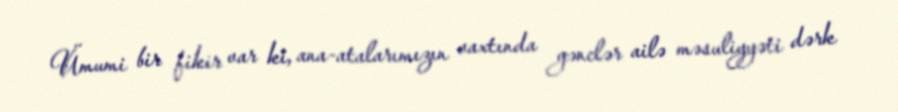
Ümumi bir fikir var ki, ana-atalarımızın vaxtında gənclər ailə məsuliyyəti dərk